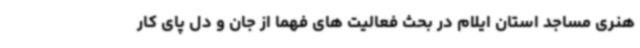
هنری مساجد استان ایلام در بحث فعالیت های فهما از جان و دل پای کار